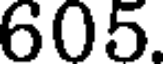
605.